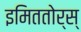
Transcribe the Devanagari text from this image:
इमिततोर्स्